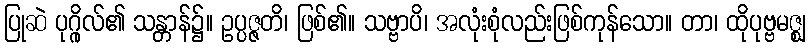
ပြုဆဲ ပုဂ္ဂိုလ်၏ သန္တာန်၌။ ဥပ္ပဇ္ဇတိ၊ ဖြစ်၏။ သဗ္ဗာပိ၊ အလုံးစုံလည်းဖြစ်ကုန်သော။ တာ၊ ထိုပုဗ္ဗမဇ္ဈ